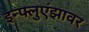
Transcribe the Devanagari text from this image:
इन्फ्लुएंझावर